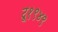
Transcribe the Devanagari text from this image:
टू१९४९